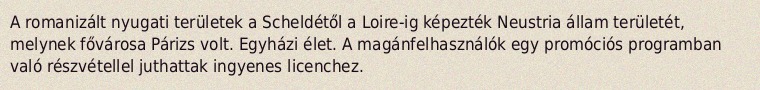
A romanizált nyugati területek a Scheldétől a Loire-ig képezték Neustria állam területét, melynek fővárosa Párizs volt. Egyházi élet. A magánfelhasználók egy promóciós programban való részvétellel juthattak ingyenes licenchez.